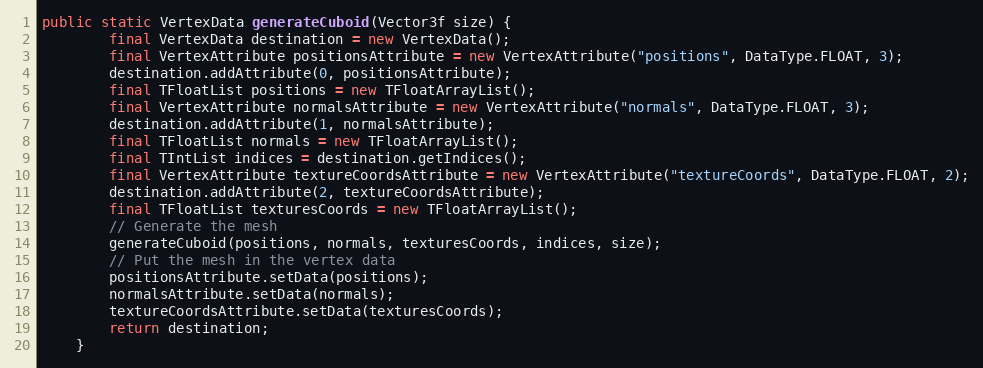
Language: Java
public static VertexData generateCuboid(Vector3f size) {
        final VertexData destination = new VertexData();
        final VertexAttribute positionsAttribute = new VertexAttribute("positions", DataType.FLOAT, 3);
        destination.addAttribute(0, positionsAttribute);
        final TFloatList positions = new TFloatArrayList();
        final VertexAttribute normalsAttribute = new VertexAttribute("normals", DataType.FLOAT, 3);
        destination.addAttribute(1, normalsAttribute);
        final TFloatList normals = new TFloatArrayList();
        final TIntList indices = destination.getIndices();
        final VertexAttribute textureCoordsAttribute = new VertexAttribute("textureCoords", DataType.FLOAT, 2);
        destination.addAttribute(2, textureCoordsAttribute);
        final TFloatList texturesCoords = new TFloatArrayList();
        // Generate the mesh
        generateCuboid(positions, normals, texturesCoords, indices, size);
        // Put the mesh in the vertex data
        positionsAttribute.setData(positions);
        normalsAttribute.setData(normals);
        textureCoordsAttribute.setData(texturesCoords);
        return destination;
    }